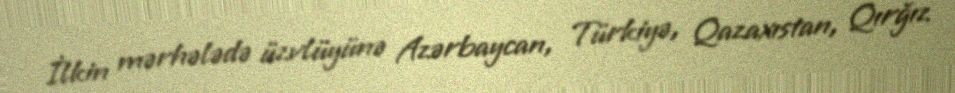
İlkin mərhələdə üzvlüyünə Azərbaycan, Türkiyə, Qazaxıstan, Qırğız